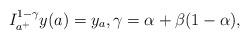
LaTeX: \begin{align*} I_{a^+}^{1-\gamma}y(a)=y_a,\gamma=\alpha+\beta(1-\alpha),\end{align*}